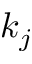
k _ { j }